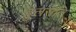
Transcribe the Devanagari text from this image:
हुलसति